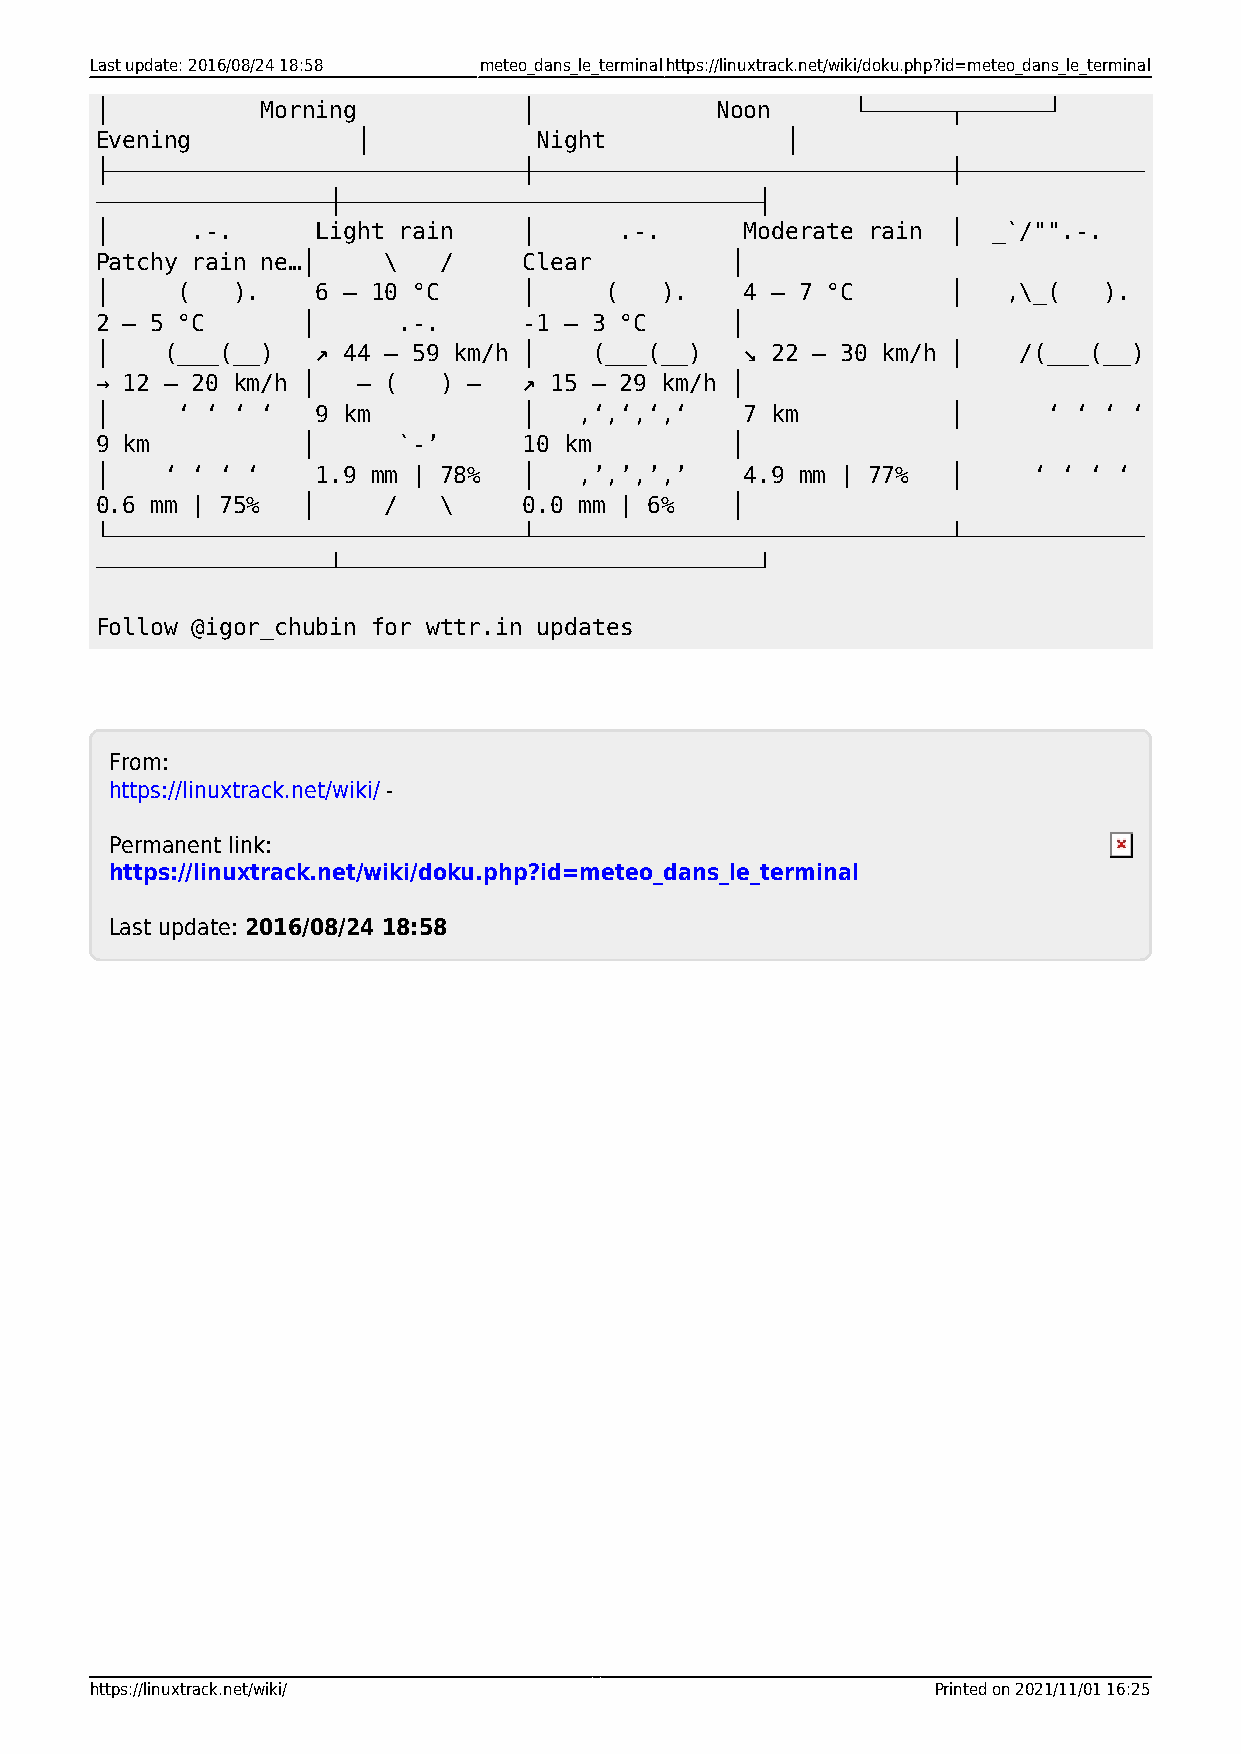
Last update: 2016/08/24 18:58 meteo_dans_le_terminalhttps://linuxtrack.net/wiki/doku.php?id=meteo_dans_le_terminal
 │          Morning           │           Noon      └──────┬──────┘
 Evening           │           Night           │
 ├──────────────────────────────┼──────────────────────────────┼─────────────
 ─────────────────┼──────────────────────────────┤
 │      .-.     Light rain    │     .-.     Moderate rain │  _`/"".-.
 Patchy rain ne…│    \  /     Clear        │
 │     (  ).    6 – 10 °C     │    (   ).   4 – 7 °C      │   ,\_(  ).
 2 – 5 °C      │     .-.      -1 – 3 °C    │
 │    (___(__)  ↗ 44 – 59 km/h │  (___(__)  ↘ 22 – 30 km/h │   /(___(__)
 → 12 – 20 km/h │  ― (  ) ―   ↗ 15 – 29 km/h │
 │     ‘ ‘ ‘ ‘  9 km          │  ‚‘‚‘‚‘‚‘   7 km          │     ‘ ‘ ‘ ‘
 9 km          │     `-’      10 km        │
 │    ‘ ‘ ‘ ‘   1.9 mm | 78%  │  ‚’‚’‚’‚’   4.9 mm | 77%  │    ‘ ‘ ‘ ‘
 0.6 mm | 75%  │     /  \     0.0 mm | 6%  │
 └──────────────────────────────┴──────────────────────────────┴─────────────
 ─────────────────┴──────────────────────────────┘
 Follow @igor_chubin for wttr.in updates
 From:
 https://linuxtrack.net/wiki/ -
 Permanent link:
 https://linuxtrack.net/wiki/doku.php?id=meteo_dans_le_terminal
 Last update: 2016/08/24 18:58
 https://linuxtrack.net/wiki/                            Printed on 2021/11/01 16:25